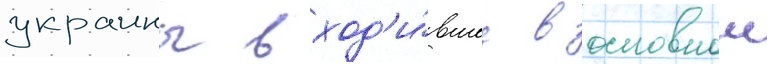
украины вход'и́вшее в основнои